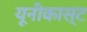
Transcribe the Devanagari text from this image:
यूनीकास्ट